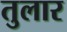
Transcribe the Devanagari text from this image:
तुलार